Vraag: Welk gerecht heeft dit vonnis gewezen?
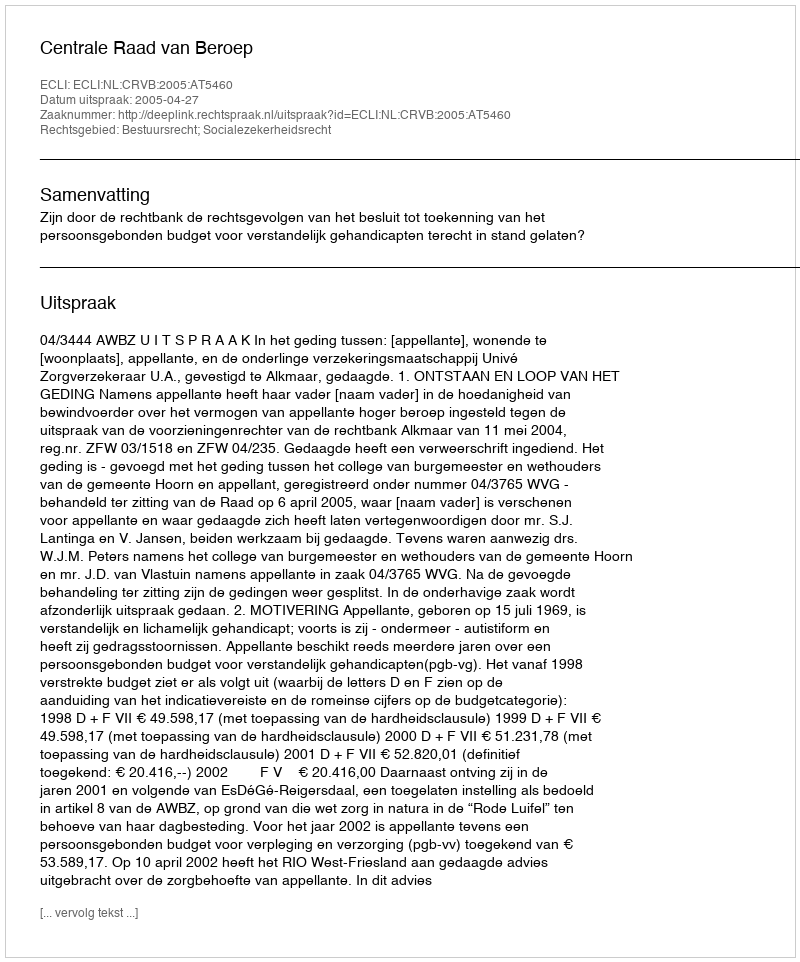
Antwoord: Centrale Raad van Beroep